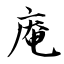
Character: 庵